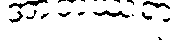
အာဘဿရာ